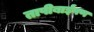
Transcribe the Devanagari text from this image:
तापीबाईपण